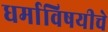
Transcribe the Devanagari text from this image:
धर्माविषयीचे